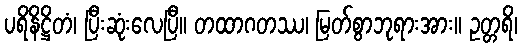
ပရိနိဋ္ဌိတံ၊ ပြီးဆုံးလေပြီ။ တထာဂတဿ၊ မြတ်စွာဘုရားအား။ ဥတ္တရိ၊